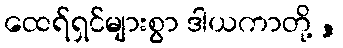
ထေရ်ရှင်များစွာ ဒါယကာတို့ ,